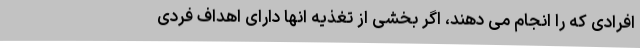
افرادی که را انجام می دهند، اگر بخشی از تغذیه انها دارای اهداف فردی